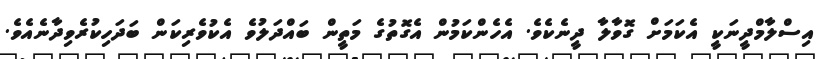
އިސްލާމްދީނަކީ އެކަމަށް ގޮވާލާ ދީނެކެވެ. އެހެންކަމުން އެގޮތުގެ މަތީން ބައްދަލުވެ އެކުވެރިކަން ބަދަހިކުރެވިދާނެއެވެ.